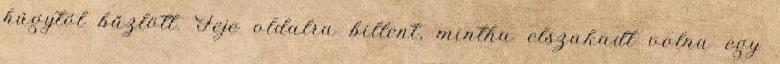
húgytól bűzlött. Feje oldalra billent, mintha elszakadt volna egy